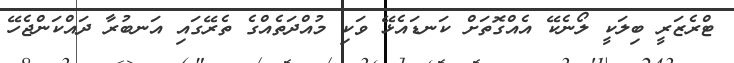
ޓްރެޒަރީ ބިލަކީ ލޯނެކޭ އެއްގޮތަށް ކަނޑައެޅޭ ވަކި މުއްދަތެއްގެ ތެރޭގައި އަނބުރާ ދައްކަންޖެހޭ